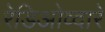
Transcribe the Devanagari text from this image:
रेडिओव्दारे